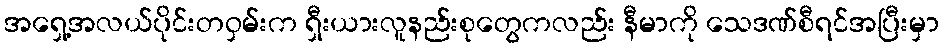
အရှေ့အလယ်ပိုင်းတဝှမ်းက ရှီးယားလူနည်းစုတွေကလည်း နီမာကို သေဒဏ်စီရင်အပြီးမှာ